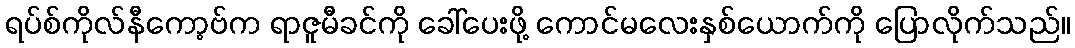
ရပ်စ်ကိုလ်နီကော့ဗ်က ရာဇူမီခင်ကို ခေါ်ပေးဖို့ ကောင်မလေးနှစ်ယောက်ကို ပြောလိုက်သည်။